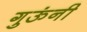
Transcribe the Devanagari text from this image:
गुऊंनी